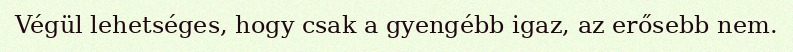
Végül lehetséges, hogy csak a gyengébb igaz, az erősebb nem.